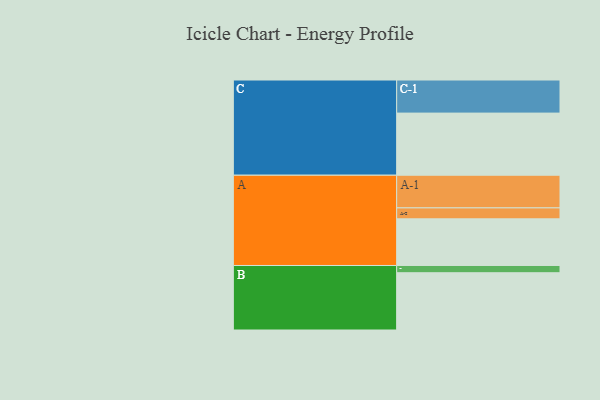
{"axis": {"x": "Segment", "y": "Value"}, "legend": ["", "A", "B", "C"], "data": [{"x": "A", "y": 413, "type": ""}, {"x": "B", "y": 507, "type": ""}, {"x": "C", "y": 550, "type": ""}, {"x": "A-1", "y": 289, "type": "A"}, {"x": "A-2", "y": 97, "type": "A"}, {"x": "B-1", "y": 64, "type": "B"}, {"x": "C-1", "y": 293, "type": "C"}]}